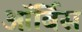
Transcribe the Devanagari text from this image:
ऑर्बिस